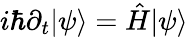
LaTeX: i\hbar\partial_{t}|\psi\rangle={\hat{H}}|\psi\rangle